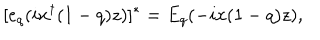
LaTeX: [ e _ { q } ( i x ^ { \dagger } ( 1 - q ) z ) ] ^ { * } = E _ { q } ( - i x ( 1 - q ) z ) ,